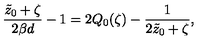
{ \frac { \tilde { z } _ { 0 } + \zeta } { 2 \beta d } } - 1 = 2 Q _ { 0 } ( \zeta ) - { \frac { 1 } { 2 \tilde { z } _ { 0 } + \zeta } } ,